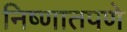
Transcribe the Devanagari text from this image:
निष्णातपणे